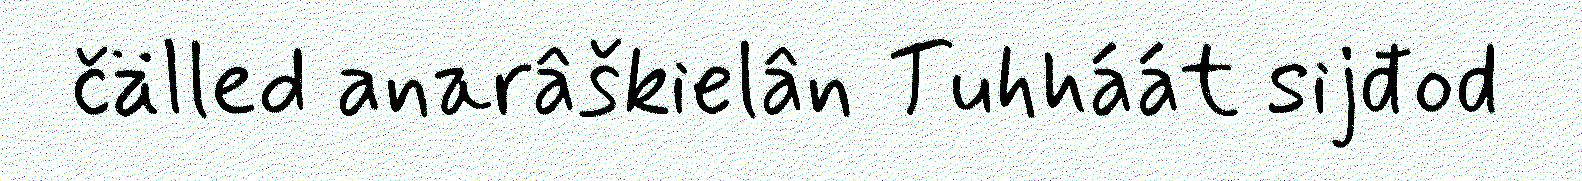
čälled anarâškielân Tuhháát sijđod